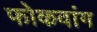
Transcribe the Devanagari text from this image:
फोकवांग